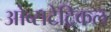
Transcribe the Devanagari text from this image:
ओब्सटेट्रिकल